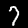
Label: 7